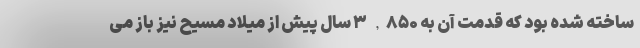
ساخته شده بود که قدمت آن به ۳,۸۵۰ سال پیش از میلاد مسیح نیز باز می